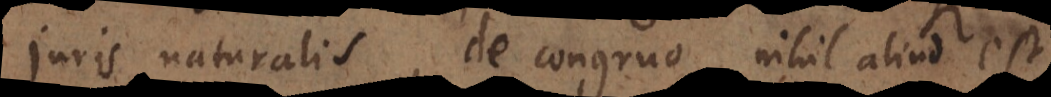
juris naturalis, de congruo, nihil aliud est,